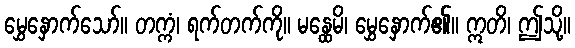
မွှေနှောက်သော်။ တက္ကံ၊ ရက်တက်ကို။ မန္ထေမိ၊ မွှေနှောက်၏။ ဣတိ၊ ဤသို့။